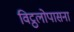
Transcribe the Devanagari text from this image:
विट्ठलोपासना